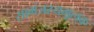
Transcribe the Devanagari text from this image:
सामंजस्यमूलक